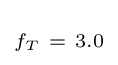
\scriptstyle f_{T}~=~3.0